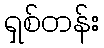
ရှစ်တန်း